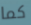
كما